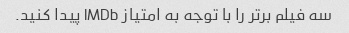
سه فیلم برتر را با توجه به امتیاز IMDb پیدا کنید.